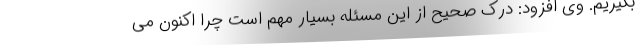
بگیریم. وی افزود: درک صحیح از این مسئله بسیار مهم است چرا اکنون می